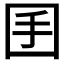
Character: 𡆺